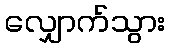
လျှောက်သွား